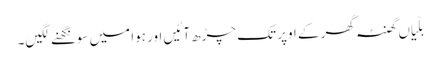
بلّیاں گھنٹہ گھر کے اوپر تک چڑھ آئیں اور ہوا میں سونگھنے لگیں۔